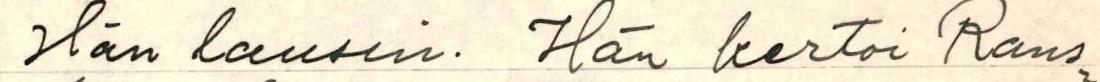
Hän lausui. Hän kertoi Rans-